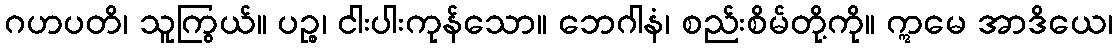
ဂဟပတိ၊ သူကြွယ်။ ပဉ္စ၊ ငါးပါးကုန်သော။ ဘေဂါနံ၊ စည်းစိမ်တို့ကို။ ဣမေ အာဒိယေ၊